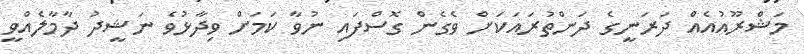
މަޝްރޫއުއެއް ދަރަނީގެ ދަންތުރައަކަށް ވެގެން ގޮސްފައި ނުވާ ކަމަށް ވިދާޅުވެ ނަޝީދު ދާމާލެއްވީ